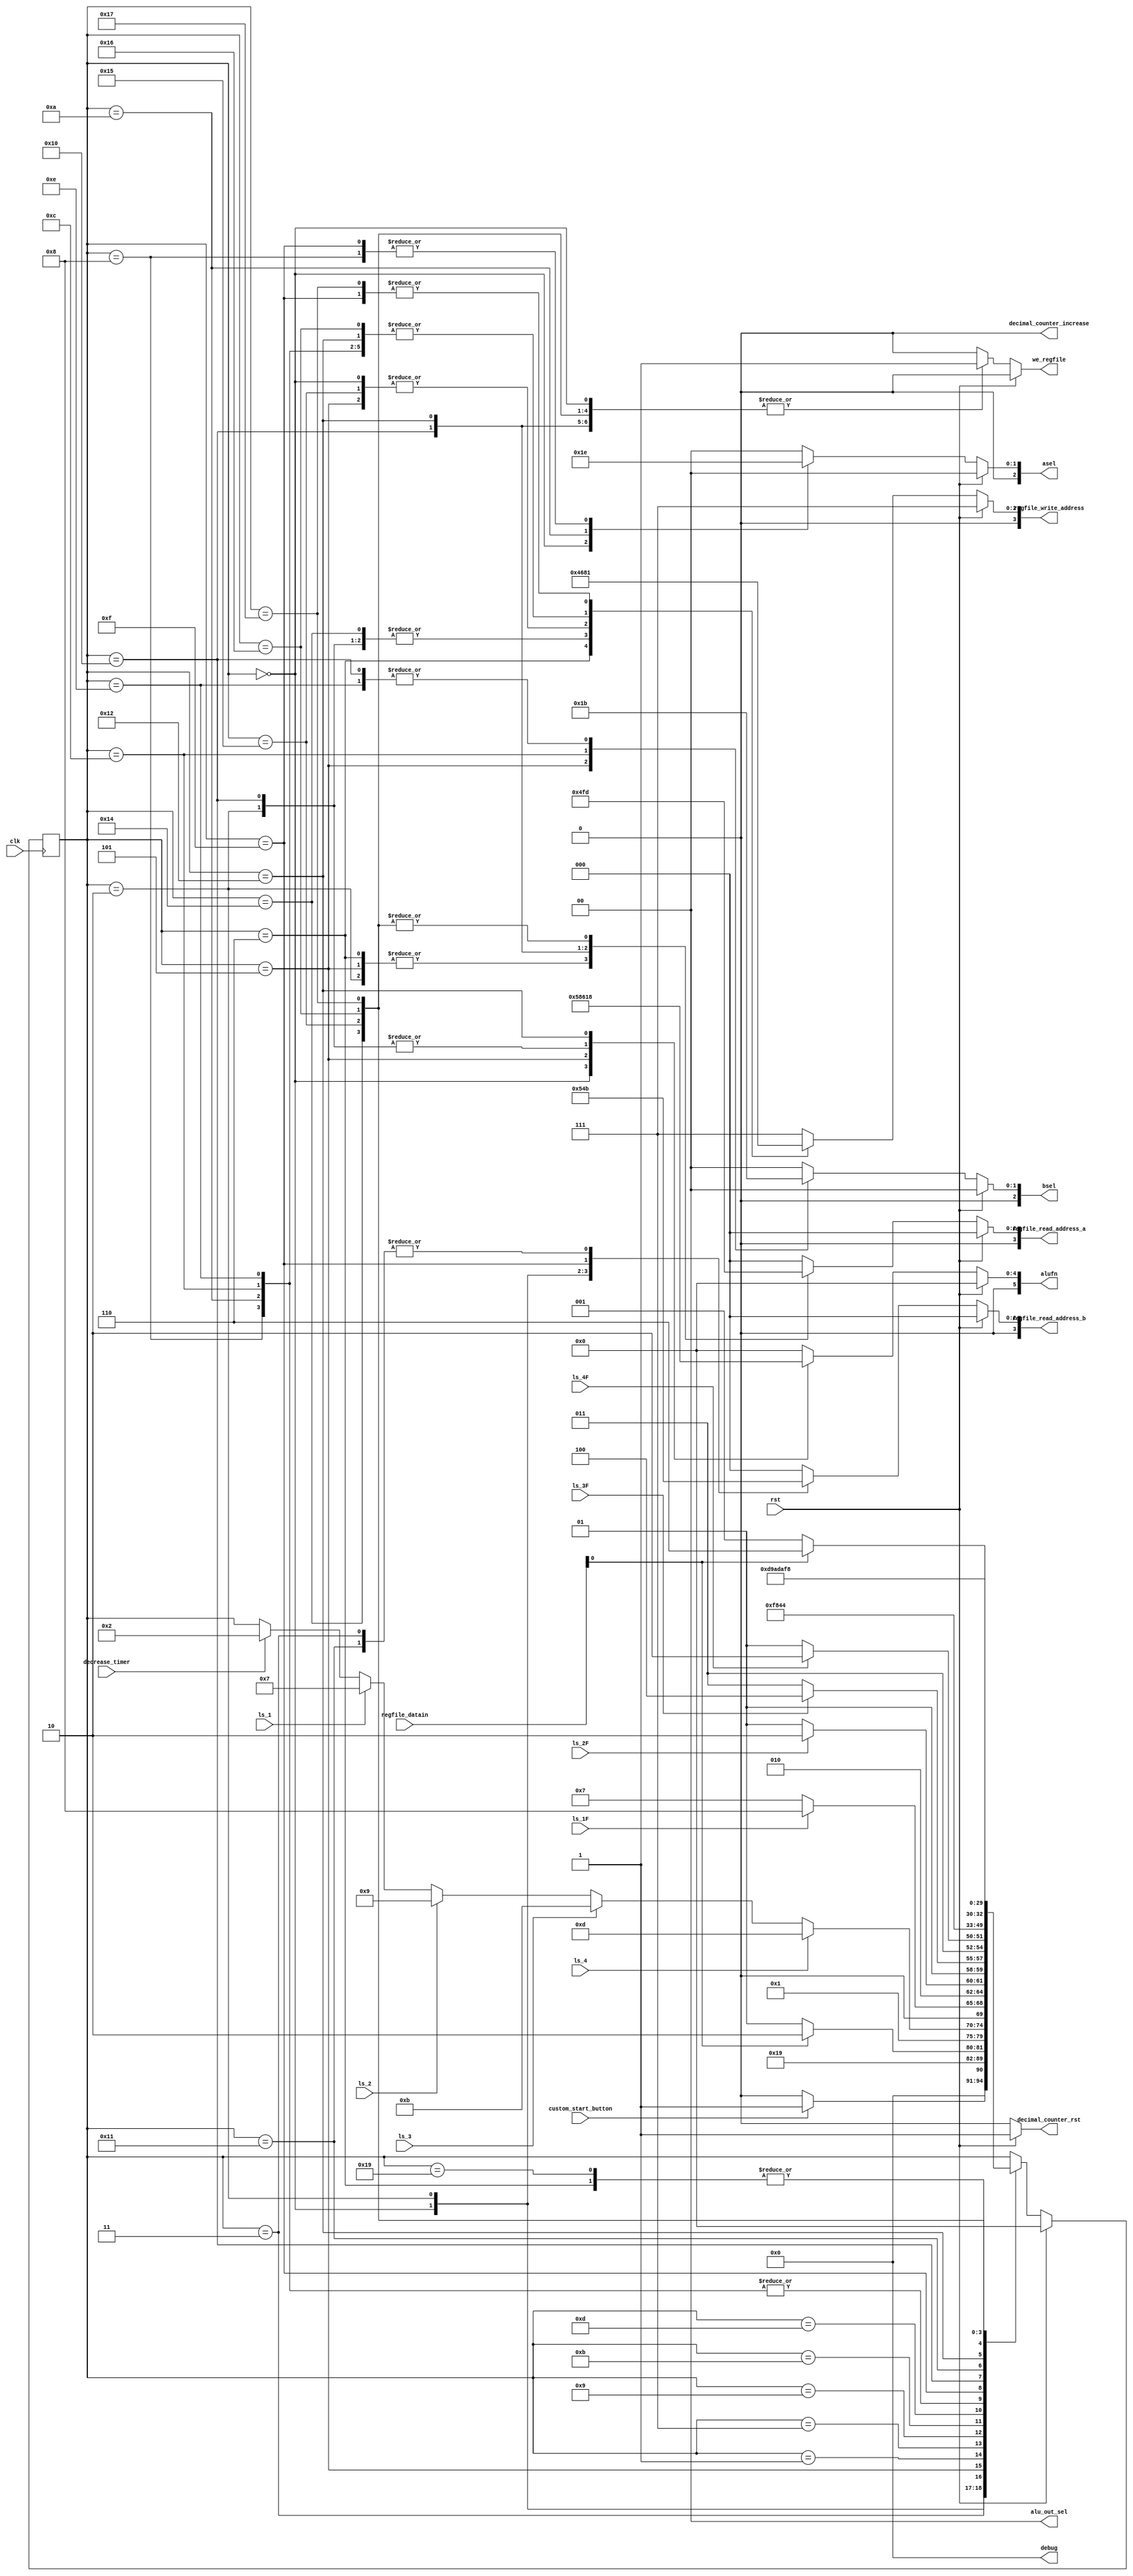
/*
   This file was generated automatically by Alchitry Labs version 1.2.7.
   Do not edit this file directly. Instead edit the original Lucid source.
   This is a temporary file and any changes made to it will be destroyed.
*/

module game_CU_12 (
    input clk,
    input rst,
    input decrease_timer,
    input [15:0] regfile_datain,
    input custom_start_button,
    input ls_1,
    input ls_1F,
    input ls_2,
    input ls_2F,
    input ls_3,
    input ls_3F,
    input ls_4,
    input ls_4F,
    output reg [5:0] alufn,
    output reg [2:0] asel,
    output reg [2:0] bsel,
    output reg [1:0] alu_out_sel,
    output reg [3:0] regfile_write_address,
    output reg [3:0] regfile_read_address_a,
    output reg [3:0] regfile_read_address_b,
    output reg we_regfile,
    output reg [3:0] debug,
    output reg decimal_counter_increase,
    output reg decimal_counter_rst
  );
  
  
  
  localparam START_SET_TIMER_game_fsm = 5'd0;
  localparam IDLE_game_fsm = 5'd1;
  localparam CHECK_TIMER_game_fsm = 5'd2;
  localparam BRANCH_TIMER_game_fsm = 5'd3;
  localparam STORE_TIMER_game_fsm = 5'd4;
  localparam DECREASE_TIMER_game_fsm = 5'd5;
  localparam STOP_TIMER_game_fsm = 5'd6;
  localparam INCREASE_SCORE_1_game_fsm = 5'd7;
  localparam INCREASE_SCORE_1F_game_fsm = 5'd8;
  localparam INCREASE_SCORE_2_game_fsm = 5'd9;
  localparam INCREASE_SCORE_2F_game_fsm = 5'd10;
  localparam INCREASE_SCORE_3_game_fsm = 5'd11;
  localparam INCREASE_SCORE_3F_game_fsm = 5'd12;
  localparam INCREASE_SCORE_4_game_fsm = 5'd13;
  localparam INCREASE_SCORE_4F_game_fsm = 5'd14;
  localparam INCREASE_BALLCOUNT_game_fsm = 5'd15;
  localparam CHECK_BALLCOUNT_game_fsm = 5'd16;
  localparam BRANCH_BALLCOUNT_game_fsm = 5'd17;
  localparam CALCULATE_SCORE_game_fsm = 5'd18;
  localparam RESET_COUNTER_game_fsm = 5'd19;
  localparam RESET_TOTAL_SCORE_game_fsm = 5'd20;
  localparam RESET_SCORE_game_fsm = 5'd21;
  localparam RESET_TIMER_game_fsm = 5'd22;
  localparam RESET_BALL_game_fsm = 5'd23;
  localparam RESET_START_SET_TIMER_game_fsm = 5'd24;
  localparam GAME_OVER_game_fsm = 5'd25;
  
  reg [4:0] M_game_fsm_d, M_game_fsm_q = START_SET_TIMER_game_fsm;
  
  always @* begin
    M_game_fsm_d = M_game_fsm_q;
    
    alufn = 1'h0;
    asel = 1'h0;
    bsel = 1'h0;
    we_regfile = 1'h0;
    regfile_write_address = 11'h457;
    regfile_read_address_a = 1'h0;
    regfile_read_address_b = 1'h0;
    alu_out_sel = 1'h0;
    debug = 4'h0;
    decimal_counter_increase = 1'h0;
    decimal_counter_rst = 1'h0;
    if (rst) begin
      M_game_fsm_d = START_SET_TIMER_game_fsm;
      decimal_counter_rst = 1'h1;
    end else begin
      
      case (M_game_fsm_q)
        START_SET_TIMER_game_fsm: begin
          alufn = 6'h0b;
          asel = 2'h1;
          we_regfile = 1'h1;
          regfile_write_address = 4'h2;
          regfile_read_address_b = 4'h2;
          if (custom_start_button) begin
            M_game_fsm_d = IDLE_game_fsm;
          end else begin
            M_game_fsm_d = START_SET_TIMER_game_fsm;
          end
        end
        CHECK_TIMER_game_fsm: begin
          alufn = 6'h10;
          asel = 2'h0;
          bsel = 2'h0;
          we_regfile = 1'h1;
          regfile_write_address = 4'h3;
          regfile_read_address_b = 4'h5;
          regfile_read_address_a = 4'h2;
          M_game_fsm_d = BRANCH_TIMER_game_fsm;
        end
        BRANCH_TIMER_game_fsm: begin
          we_regfile = 1'h0;
          regfile_read_address_b = 4'h3;
          if (~regfile_datain[0+0-:1]) begin
            M_game_fsm_d = DECREASE_TIMER_game_fsm;
          end else begin
            M_game_fsm_d = STOP_TIMER_game_fsm;
          end
        end
        DECREASE_TIMER_game_fsm: begin
          alufn = 6'h01;
          regfile_read_address_a = 4'h2;
          asel = 2'h0;
          bsel = 2'h1;
          we_regfile = 1'h1;
          regfile_write_address = 4'h2;
          M_game_fsm_d = IDLE_game_fsm;
        end
        IDLE_game_fsm: begin
          asel = 2'h0;
          bsel = 2'h0;
          we_regfile = 1'h0;
          if (decrease_timer) begin
            M_game_fsm_d = CHECK_TIMER_game_fsm;
          end
          if (ls_1) begin
            M_game_fsm_d = INCREASE_SCORE_1_game_fsm;
          end
          if (ls_2) begin
            M_game_fsm_d = INCREASE_SCORE_2_game_fsm;
          end
          if (ls_3) begin
            M_game_fsm_d = INCREASE_SCORE_3_game_fsm;
          end
          if (ls_4) begin
            M_game_fsm_d = INCREASE_SCORE_4_game_fsm;
          end
        end
        STOP_TIMER_game_fsm: begin
          regfile_read_address_a = 4'h2;
          we_regfile = 1'h1;
          regfile_write_address = 4'h4;
          M_game_fsm_d = GAME_OVER_game_fsm;
        end
        INCREASE_SCORE_1_game_fsm: begin
          if (ls_1F) begin
            M_game_fsm_d = INCREASE_SCORE_1F_game_fsm;
          end else begin
            M_game_fsm_d = INCREASE_SCORE_1_game_fsm;
          end
        end
        INCREASE_SCORE_1F_game_fsm: begin
          alufn = 6'h00;
          asel = 2'h2;
          bsel = 2'h0;
          we_regfile = 1'h1;
          regfile_write_address = 4'h0;
          regfile_read_address_b = 4'h0;
          M_game_fsm_d = INCREASE_BALLCOUNT_game_fsm;
        end
        INCREASE_SCORE_2_game_fsm: begin
          if (ls_2F) begin
            M_game_fsm_d = INCREASE_SCORE_2F_game_fsm;
          end else begin
            M_game_fsm_d = INCREASE_SCORE_2_game_fsm;
          end
        end
        INCREASE_SCORE_2F_game_fsm: begin
          alufn = 6'h00;
          asel = 2'h3;
          bsel = 2'h0;
          we_regfile = 1'h1;
          regfile_write_address = 4'h0;
          regfile_read_address_b = 4'h0;
          M_game_fsm_d = INCREASE_BALLCOUNT_game_fsm;
        end
        INCREASE_SCORE_3_game_fsm: begin
          if (ls_3F) begin
            M_game_fsm_d = INCREASE_SCORE_3F_game_fsm;
          end else begin
            M_game_fsm_d = INCREASE_SCORE_3_game_fsm;
          end
        end
        INCREASE_SCORE_3F_game_fsm: begin
          alufn = 6'h00;
          asel = 2'h0;
          bsel = 2'h2;
          we_regfile = 1'h1;
          regfile_write_address = 4'h0;
          regfile_read_address_a = 4'h0;
          M_game_fsm_d = INCREASE_BALLCOUNT_game_fsm;
        end
        INCREASE_SCORE_4_game_fsm: begin
          if (ls_4F) begin
            M_game_fsm_d = INCREASE_SCORE_4F_game_fsm;
          end else begin
            M_game_fsm_d = INCREASE_SCORE_4_game_fsm;
          end
        end
        INCREASE_SCORE_4F_game_fsm: begin
          alufn = 6'h00;
          asel = 2'h0;
          bsel = 2'h3;
          we_regfile = 1'h1;
          regfile_write_address = 4'h0;
          regfile_read_address_a = 4'h0;
          M_game_fsm_d = INCREASE_BALLCOUNT_game_fsm;
        end
        INCREASE_BALLCOUNT_game_fsm: begin
          alufn = 6'h00;
          asel = 2'h2;
          bsel = 2'h0;
          we_regfile = 1'h1;
          regfile_write_address = 4'h1;
          regfile_read_address_b = 4'h1;
          M_game_fsm_d = CHECK_BALLCOUNT_game_fsm;
        end
        CHECK_BALLCOUNT_game_fsm: begin
          alufn = 6'h10;
          asel = 2'h0;
          bsel = 2'h3;
          we_regfile = 1'h1;
          regfile_write_address = 4'h3;
          regfile_read_address_a = 4'h3;
          M_game_fsm_d = BRANCH_BALLCOUNT_game_fsm;
        end
        BRANCH_BALLCOUNT_game_fsm: begin
          regfile_read_address_b = 4'h3;
          if (regfile_datain[0+0-:1]) begin
            M_game_fsm_d = STOP_TIMER_game_fsm;
          end else begin
            M_game_fsm_d = IDLE_game_fsm;
          end
        end
        CALCULATE_SCORE_game_fsm: begin
          alufn = 6'h18;
          asel = 2'h0;
          bsel = 2'h0;
          we_regfile = 1'h1;
          regfile_read_address_a = 4'h7;
          regfile_read_address_b = 4'h0;
          regfile_write_address = 4'h0;
          alu_out_sel = 2'h0;
          M_game_fsm_d = STOP_TIMER_game_fsm;
        end
        GAME_OVER_game_fsm: begin
          if (rst) begin
            asel = 2'h0;
            we_regfile = 1'h1;
            regfile_read_address_a = 3'h5;
            regfile_write_address = 3'h4;
            alu_out_sel = 2'h0;
            M_game_fsm_d = RESET_TOTAL_SCORE_game_fsm;
          end else begin
            M_game_fsm_d = GAME_OVER_game_fsm;
          end
        end
        RESET_TOTAL_SCORE_game_fsm: begin
          asel = 2'h0;
          we_regfile = 1'h1;
          regfile_read_address_a = 3'h5;
          regfile_write_address = 3'h3;
          alu_out_sel = 2'h0;
          M_game_fsm_d = RESET_SCORE_game_fsm;
        end
        RESET_SCORE_game_fsm: begin
          asel = 2'h0;
          we_regfile = 1'h1;
          regfile_read_address_a = 3'h5;
          regfile_write_address = 3'h2;
          alu_out_sel = 2'h0;
          M_game_fsm_d = RESET_TIMER_game_fsm;
        end
        RESET_TIMER_game_fsm: begin
          asel = 2'h0;
          we_regfile = 1'h1;
          regfile_read_address_a = 3'h5;
          regfile_write_address = 3'h0;
          alu_out_sel = 2'h0;
          M_game_fsm_d = RESET_BALL_game_fsm;
        end
        RESET_BALL_game_fsm: begin
          asel = 2'h0;
          we_regfile = 1'h1;
          regfile_read_address_a = 3'h5;
          regfile_write_address = 3'h1;
          alu_out_sel = 2'h0;
          M_game_fsm_d = RESET_START_SET_TIMER_game_fsm;
        end
      endcase
    end
  end
  
  always @(posedge clk) begin
    M_game_fsm_q <= M_game_fsm_d;
  end
  
endmodule